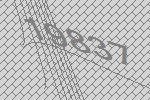
19837